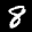
Label: 8